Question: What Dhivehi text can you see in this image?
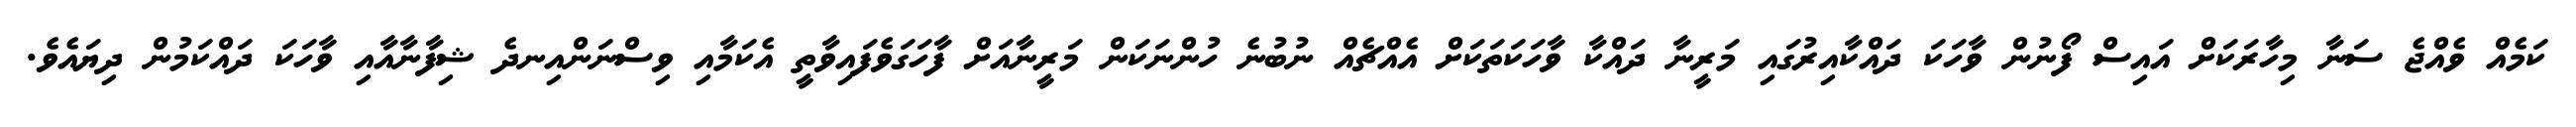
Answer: ކަމެއް ވެއްޖެ ސަނާ މިހާރަކަށް އައިސް ފޯނުން ވާހަކަ ދައްކާއިރުގައި މަރީނާ ދައްކާ ވާހަކަތަކަށް އެއްޗެއް ނުބުނެ ހުންނަކަން މަރީނާއަށް ފާހަގަވެފައިވާތީ އެކަމާއި ވިސްނަންއިނދެ ޝިފާނާއާއި ވާހަކަ ދައްކަމުން ދިޔައެވެ.